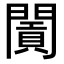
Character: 𨶛